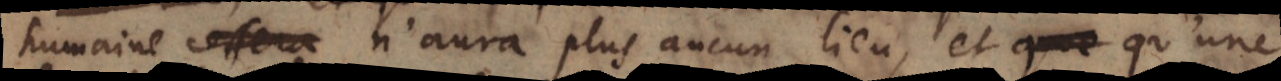
humaine cessera n’aura plus aucun lieu, et qu’une